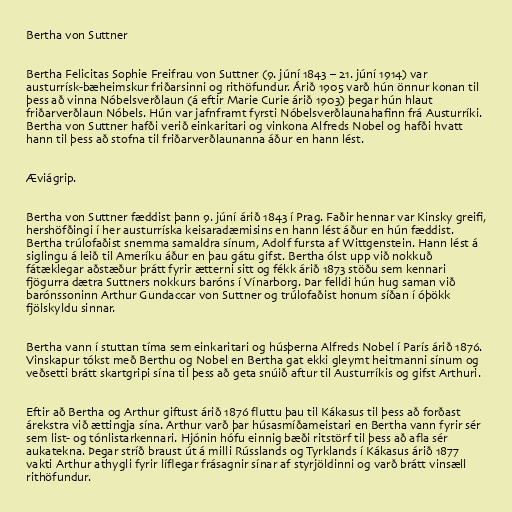
Bertha von Suttner

Bertha Felicitas Sophie Freifrau von Suttner (9. júní 1843 – 21. júní 1914) var
austurrísk-bæheimskur friðarsinni og rithöfundur. Árið 1905 varð hún önnur konan til
þess að vinna Nóbelsverðlaun (á eftir Marie Curie árið 1903) þegar hún hlaut
friðarverðlaun Nóbels. Hún var jafnframt fyrsti Nóbelsverðlaunahafinn frá Austurríki.
Bertha von Suttner hafði verið einkaritari og vinkona Alfreds Nobel og hafði hvatt
hann til þess að stofna til friðarverðlaunanna áður en hann lést.

Æviágrip.

Bertha von Suttner fæddist þann 9. júní árið 1843 í Prag. Faðir hennar var Kinsky greifi,
hershöfðingi í her austurríska keisaradæmisins en hann lést áður en hún fæddist.
Bertha trúlofaðist snemma samaldra sínum, Adolf fursta af Wittgenstein. Hann lést á
siglingu á leið til Ameríku áður en þau gátu gifst. Bertha ólst upp við nokkuð
fátæklegar aðstæður þrátt fyrir ætterni sitt og fékk árið 1873 stöðu sem kennari
fjögurra dætra Suttners nokkurs baróns í Vínarborg. Þar felldi hún hug saman við
barónssoninn Arthur Gundaccar von Suttner og trúlofaðist honum síðan í óþökk
fjölskyldu sinnar.

Bertha vann í stuttan tíma sem einkaritari og húsþerna Alfreds Nobel í París árið 1876.
Vinskapur tókst með Berthu og Nobel en Bertha gat ekki gleymt heitmanni sínum og
veðsetti brátt skartgripi sína til þess að geta snúið aftur til Austurríkis og gifst Arthuri.

Eftir að Bertha og Arthur giftust árið 1876 fluttu þau til Kákasus til þess að forðast
árekstra við ættingja sína. Arthur varð þar húsasmíðameistari en Bertha vann fyrir sér
sem list- og tónlistarkennari. Hjónin hófu einnig bæði ritstörf til þess að afla sér
aukatekna. Þegar stríð braust út á milli Rússlands og Tyrklands í Kákasus árið 1877
vakti Arthur athygli fyrir líflegar frásagnir sínar af styrjöldinni og varð brátt vinsæll
rithöfundur.